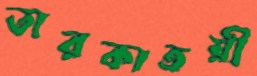
তারকাত্রয়ী